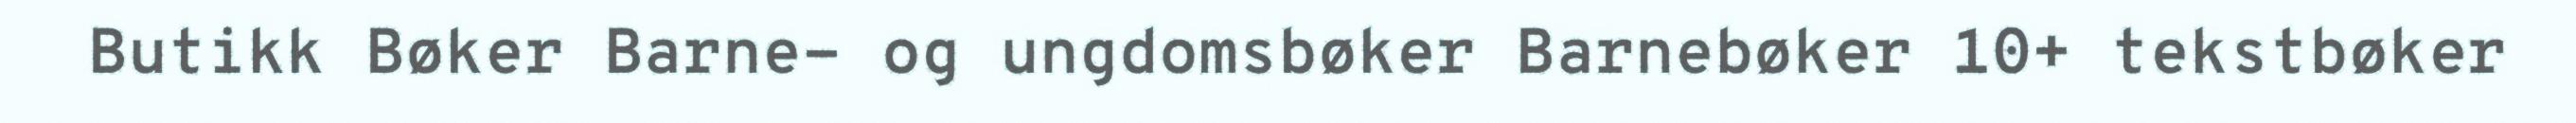
Butikk Bøker Barne- og ungdomsbøker Barnebøker 10+ tekstbøker